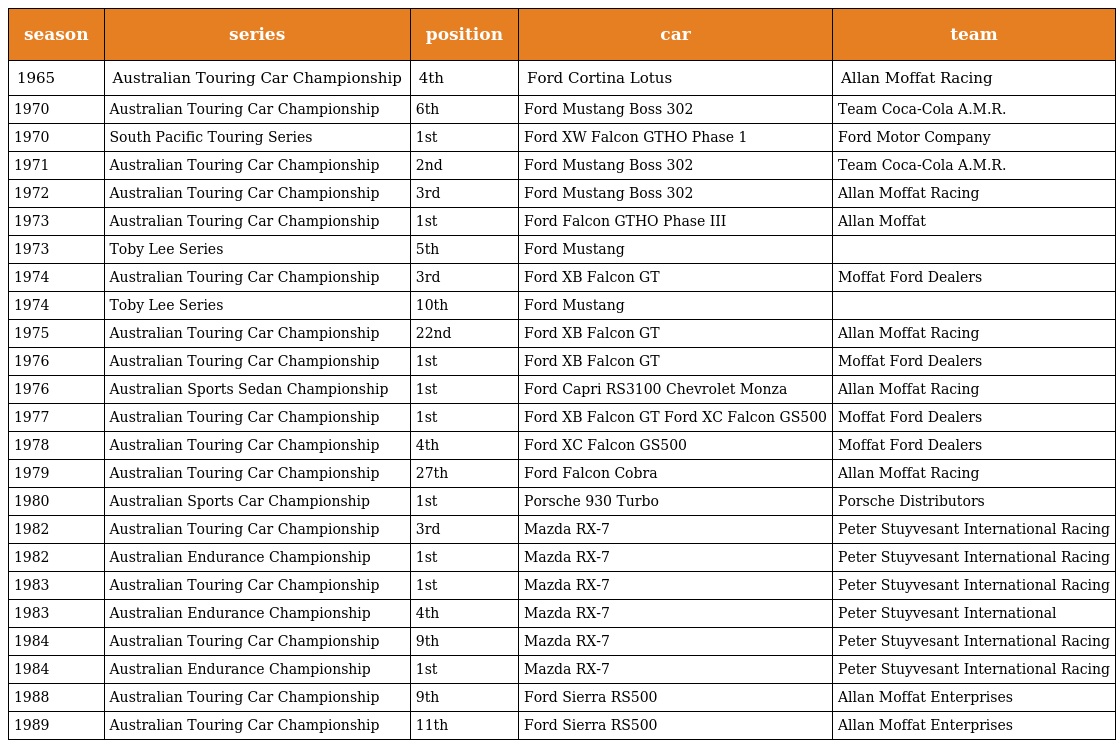
| season | series | position | car | team |
 | --- | --- | --- | --- | --- |
 | 1965 | Australian Touring Car Championship | 4th | Ford Cortina Lotus | Allan Moffat Racing |
 | 1970 | Australian Touring Car Championship | 6th | Ford Mustang Boss 302 | Team Coca-Cola A.M.R. |
 | 1970 | South Pacific Touring Series | 1st | Ford XW Falcon GTHO Phase 1 | Ford Motor Company |
 | 1971 | Australian Touring Car Championship | 2nd | Ford Mustang Boss 302 | Team Coca-Cola A.M.R. |
 | 1972 | Australian Touring Car Championship | 3rd | Ford Mustang Boss 302 | Allan Moffat Racing |
 | 1973 | Australian Touring Car Championship | 1st | Ford Falcon GTHO Phase III | Allan Moffat |
 | 1973 | Toby Lee Series | 5th | Ford Mustang |  |
 | 1974 | Australian Touring Car Championship | 3rd | Ford XB Falcon GT | Moffat Ford Dealers |
 | 1974 | Toby Lee Series | 10th | Ford Mustang |  |
 | 1975 | Australian Touring Car Championship | 22nd | Ford XB Falcon GT | Allan Moffat Racing |
 | 1976 | Australian Touring Car Championship | 1st | Ford XB Falcon GT | Moffat Ford Dealers |
 | 1976 | Australian Sports Sedan Championship | 1st | Ford Capri RS3100 Chevrolet Monza | Allan Moffat Racing |
 | 1977 | Australian Touring Car Championship | 1st | Ford XB Falcon GT Ford XC Falcon GS500 | Moffat Ford Dealers |
 | 1978 | Australian Touring Car Championship | 4th | Ford XC Falcon GS500 | Moffat Ford Dealers |
 | 1979 | Australian Touring Car Championship | 27th | Ford Falcon Cobra | Allan Moffat Racing |
 | 1980 | Australian Sports Car Championship | 1st | Porsche 930 Turbo | Porsche Distributors |
 | 1982 | Australian Touring Car Championship | 3rd | Mazda RX-7 | Peter Stuyvesant International Racing |
 | 1982 | Australian Endurance Championship | 1st | Mazda RX-7 | Peter Stuyvesant International Racing |
 | 1983 | Australian Touring Car Championship | 1st | Mazda RX-7 | Peter Stuyvesant International Racing |
 | 1983 | Australian Endurance Championship | 4th | Mazda RX-7 | Peter Stuyvesant International |
 | 1984 | Australian Touring Car Championship | 9th | Mazda RX-7 | Peter Stuyvesant International Racing |
 | 1984 | Australian Endurance Championship | 1st | Mazda RX-7 | Peter Stuyvesant International Racing |
 | 1988 | Australian Touring Car Championship | 9th | Ford Sierra RS500 | Allan Moffat Enterprises |
 | 1989 | Australian Touring Car Championship | 11th | Ford Sierra RS500 | Allan Moffat Enterprises |